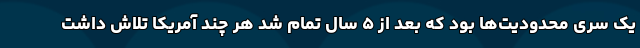
یک سری محدودیت‌ها بود که بعد از ۵ سال تمام شد هر چند آمریکا تلاش داشت